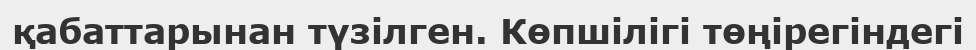
қабаттарынан түзілген. Көпшілігі төңірегіндегі